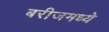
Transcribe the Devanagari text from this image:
बरीजमध्ये